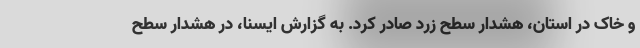
و خاک در استان، هشدار سطح زرد صادر کرد. به گزارش ایسنا، در هشدار سطح